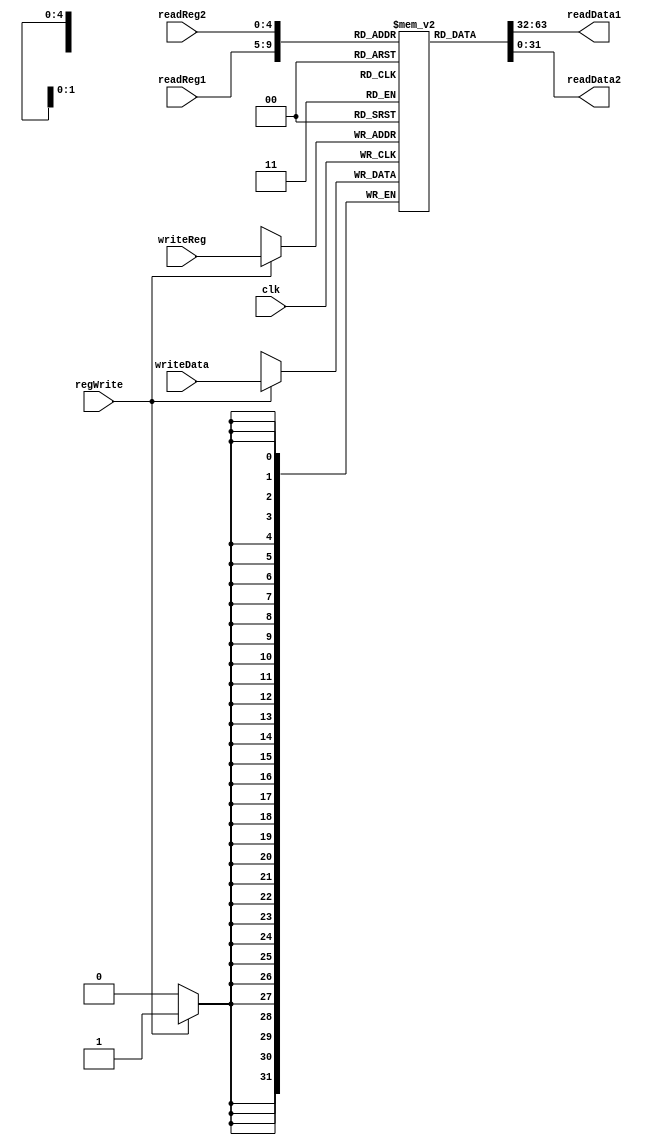
module reg_file(
input [4:0] readReg1, readReg2, writeReg,
input [31:0] writeData,
input regWrite, clk,
output reg [31:0] readData1, readData2
);

reg [31:0] regFile [31:0];

//zero out all registers
integer k;

initial begin 
  for (k = 0; k <= 31; k = k +1) 
    regFile[k] <= 0;
  end

always@(readReg1 or readReg2) begin
	 readData1 <= regFile[readReg1];
	 readData2 <= regFile[readReg2];
end

always@(negedge clk) begin
	if(regWrite)
		regFile[writeReg] <= writeData;
end

endmodule